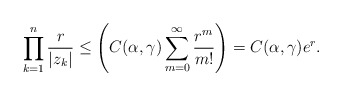
\begin{align*}\prod^{n}_{k=1}\frac{r}{|z_k|} \leq \left(C(\alpha,\gamma)\sum_{m=0}^{\infty}\frac{r^{m}}{m!}\right)= C(\alpha,\gamma) e^{r}.\end{align*}